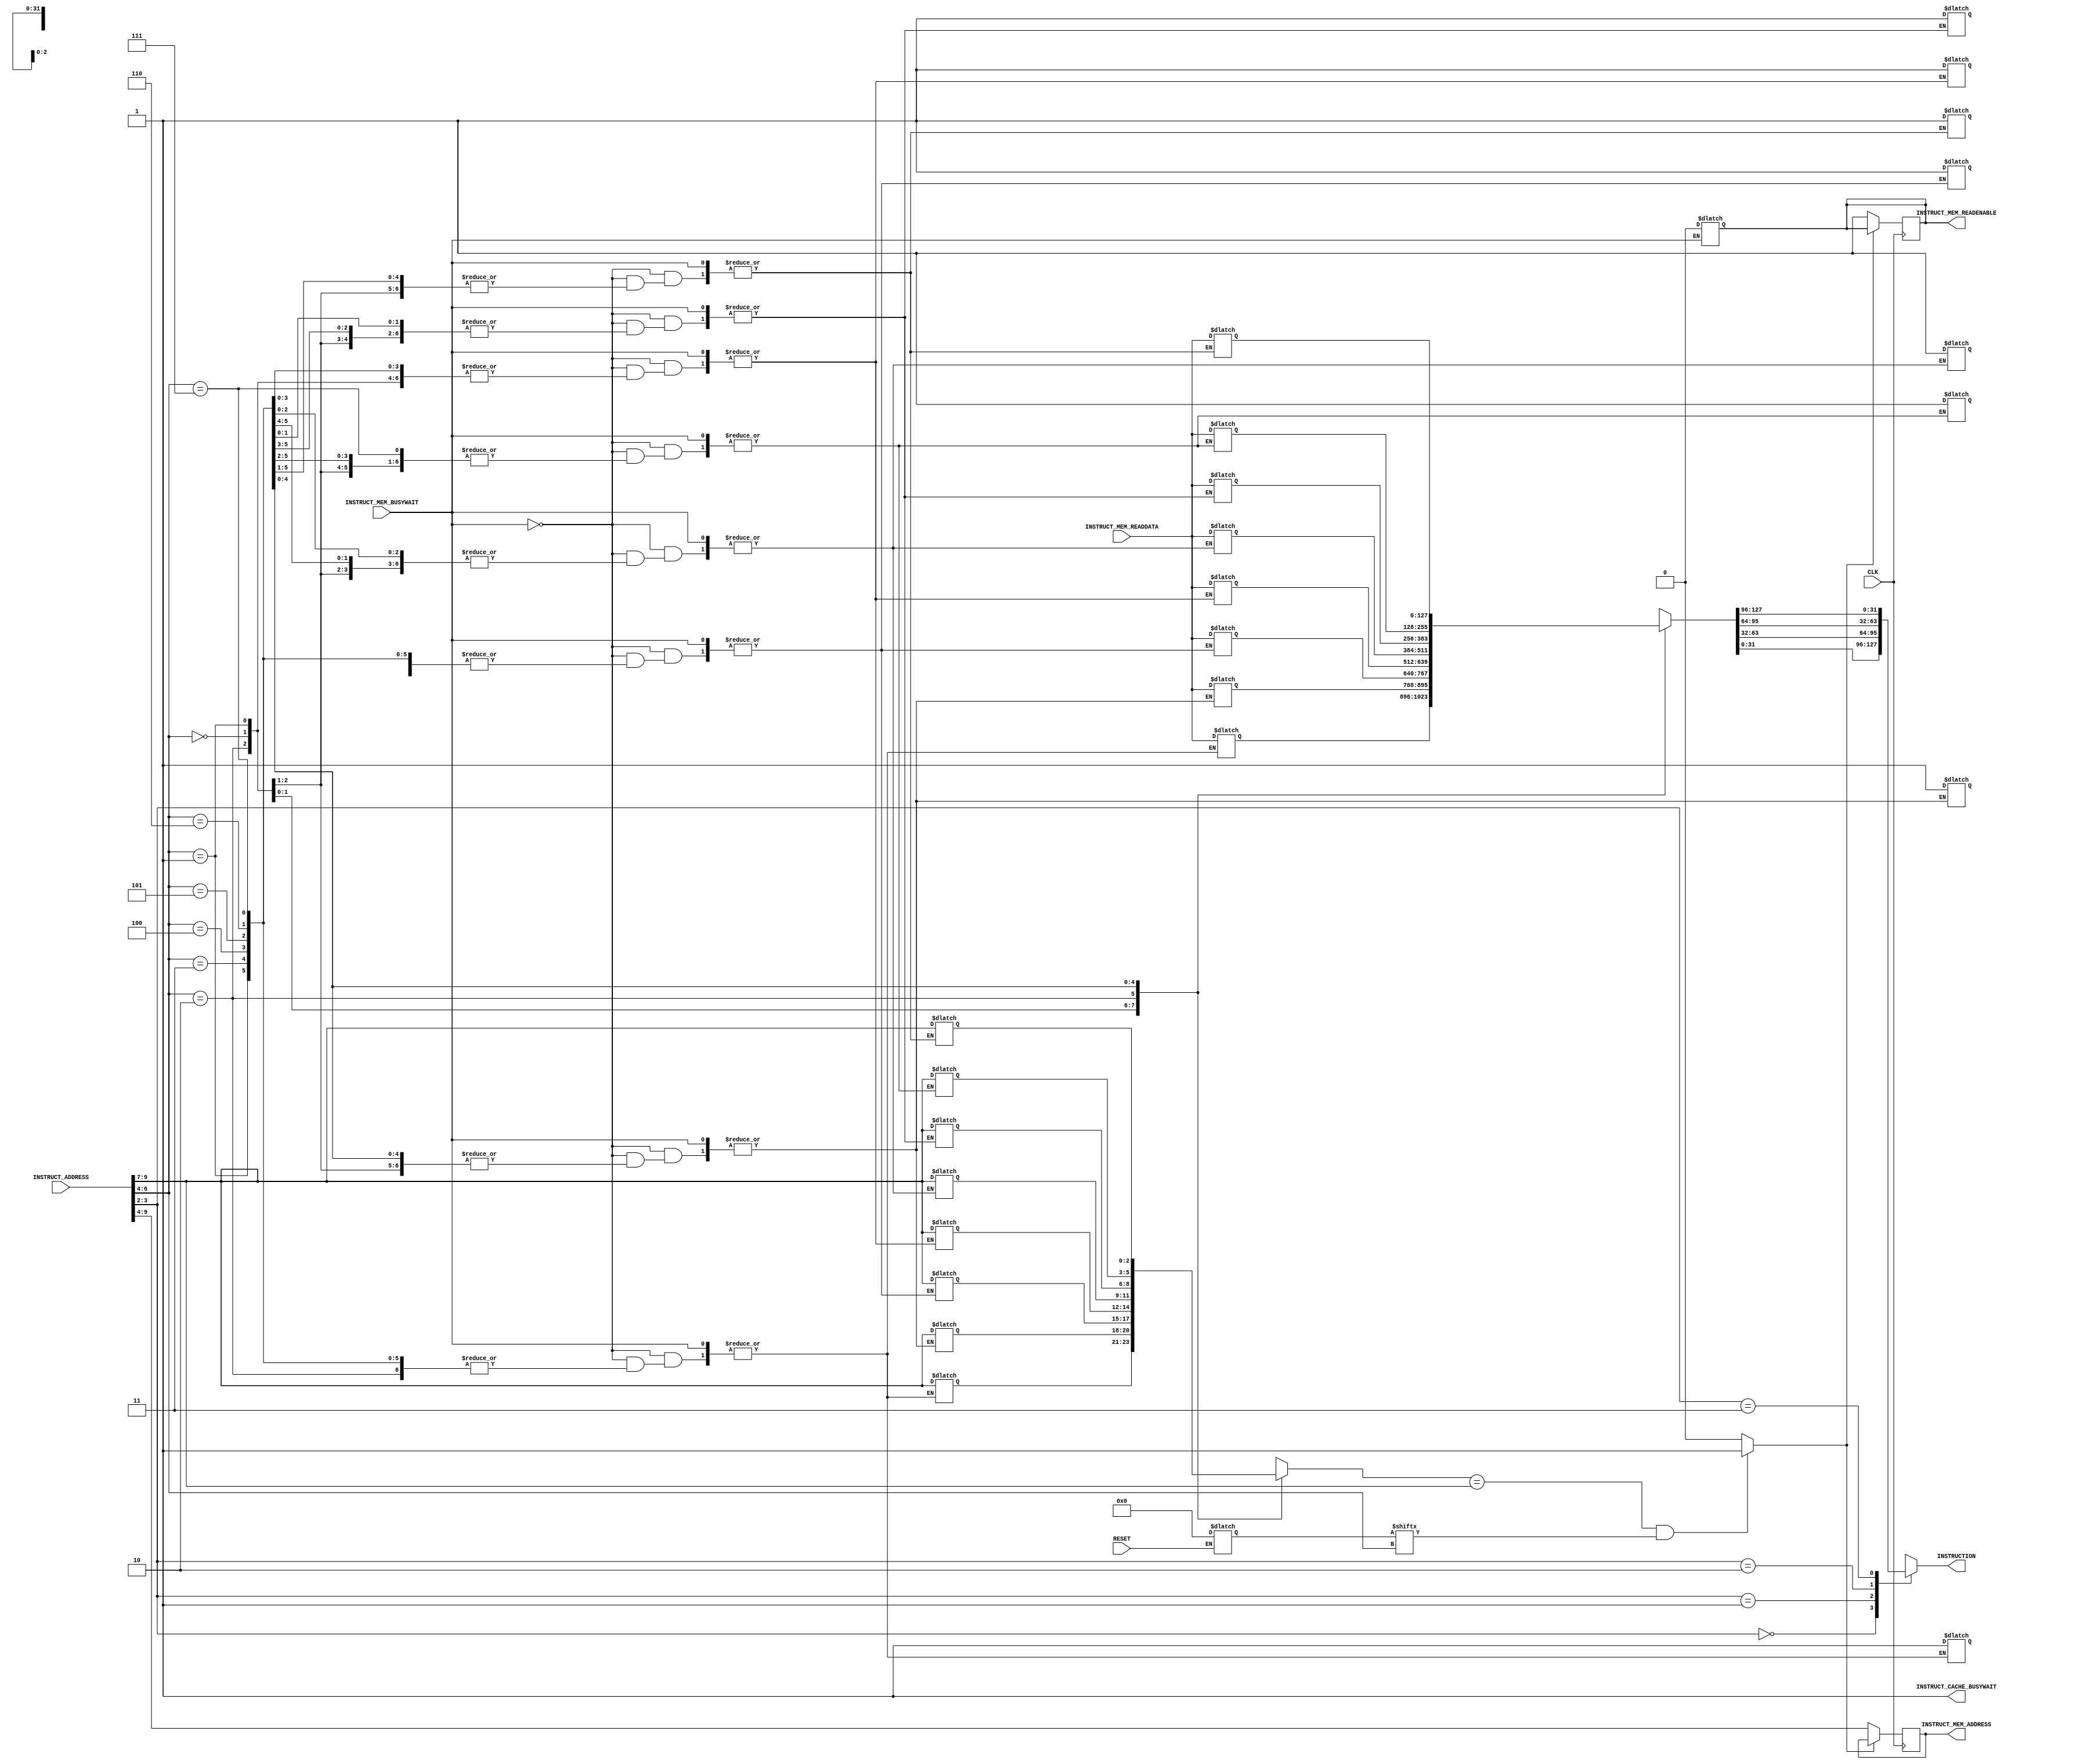
/*
    Name            : De Silva K.R
    Index Number    : E/16/068
    Lab             : Lab 06 - part 1
    
*/

// Cache memory module
`timescale 1ns/100ps

module Instruct_Cache_Controller(INSTRUCT_ADDRESS, INSTRUCT_MEM_BUSYWAIT, INSTRUCT_MEM_READDATA, INSTRUCT_CACHE_BUSYWAIT, INSTRUCT_MEM_READENABLE, INSTRUCTION, INSTRUCT_MEM_ADDRESS, CLK, RESET);

    /*  inputs to the instruction cache  */
    input CLK, RESET;
    input INSTRUCT_MEM_BUSYWAIT; 
    input [9:0] INSTRUCT_ADDRESS;
    input [127:0] INSTRUCT_MEM_READDATA;

    /*  outputs of instruction cache */
    output reg INSTRUCT_CACHE_BUSYWAIT, INSTRUCT_MEM_READENABLE;
    output reg [31:0] INSTRUCTION;
    output reg [5:0] INSTRUCT_MEM_ADDRESS;

    wire Cache_HIT;                    // cache hit signal
    wire Activator;

    reg [127:0] Cache_table [7:0];       // cache table
    reg [2:0] Tag_array [7:0];          // array that holds corresponding tag values cache table
    reg [7:0] ValidBit_array;           // array that holds corresponding valid bits of tag array  

    // variables to store extracted data, tag, valid and dirty bits
    wire [2:0] TAG;
    wire VALID;
    
    integer i;

    assign Activator = (RESET) ? 0 : 1;
    
    // valid bit array is initially set to zero at reset
    always @ (RESET) begin
      if(RESET) begin
        for(i=0; i<8; i = i+1) begin
            ValidBit_array[i] = 1'b0;
        end
      end
    end

    /*  Combinational part for indexing, tag comparison for hit deciding, etc.  */
   
    assign #1 TAG = Tag_array[INSTRUCT_ADDRESS[6:4]];            // extracted Tag
    assign #1 VALID = ValidBit_array[INSTRUCT_ADDRESS[6:4]];     // extracted valid bit

    // activates busy wait if an address change is detected
    always @ (INSTRUCT_ADDRESS) begin
        INSTRUCT_CACHE_BUSYWAIT = 1'b1;
    end
    
    // tag comparison, validation and hit status determining
    assign #0.9 Cache_HIT = (TAG == INSTRUCT_ADDRESS[9:7] && VALID) ? 1 : 0;

    // asynchronous data word extraction from the cache table. This extracted data word is directly sent to the CPU
    always @ (*) begin
        #1
        // extracts relevant data word based on the byte offset
        case(INSTRUCT_ADDRESS[3:2])
            2'b00: begin INSTRUCTION = Cache_table[INSTRUCT_ADDRESS[6:4]][31:0]; end
            2'b01: begin INSTRUCTION = Cache_table[INSTRUCT_ADDRESS[6:4]][63:32]; end
            2'b10: begin INSTRUCTION = Cache_table[INSTRUCT_ADDRESS[6:4]][95:64]; end
            2'b11: begin INSTRUCTION = Cache_table[INSTRUCT_ADDRESS[6:4]][127:96]; end
        endcase
    end  

    // if cache hit is detected
    always @ (posedge CLK) begin
        if(Cache_HIT) begin
            INSTRUCT_CACHE_BUSYWAIT = 1'b0;                  // de-asserts cache busy wait at the posedge CLK
        end
    end

    // cache update after memory read is done
    always @ (INSTRUCT_MEM_READDATA, INSTRUCT_MEM_BUSYWAIT) begin
        //#1
        if(!INSTRUCT_MEM_BUSYWAIT) begin
            #1
            Cache_table[INSTRUCT_ADDRESS[6:4]] = INSTRUCT_MEM_READDATA;         // updated the respective entry in the cache table with the fetched data block from the memory
            Tag_array[INSTRUCT_ADDRESS[6:4]] = INSTRUCT_ADDRESS[9:7];           // tag entry is also updated with corresponding new tag
            ValidBit_array[INSTRUCT_ADDRESS[6:4]] = 1'b1;                       // valid bit is set to high
            INSTRUCT_MEM_READENABLE = 1'b0;                                     // de-asserts the instruction data memory readenable
        end
    end

    // if cache miss is detected
    always @ (posedge CLK) begin
        if(!Cache_HIT) begin
            INSTRUCT_MEM_READENABLE = 1'b1;
            INSTRUCT_MEM_ADDRESS = INSTRUCT_ADDRESS[9:4];
        end
    end
endmodule